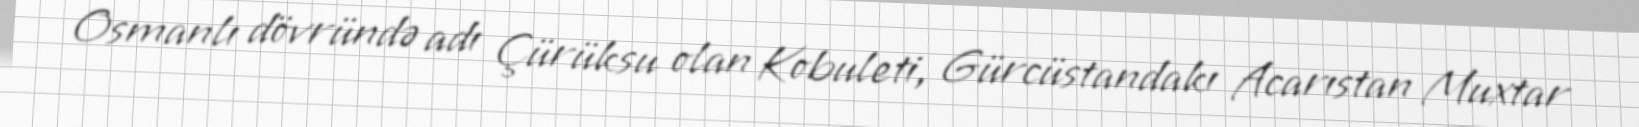
Osmanlı dövründə adı Çürüksu olan Kobuleti, Gürcüstandakı Acarıstan Muxtar